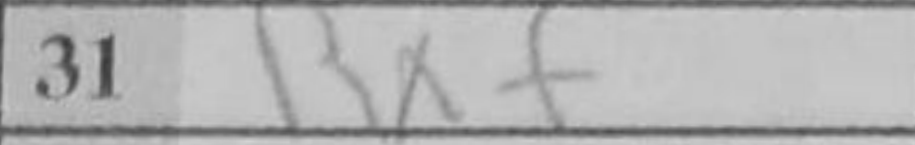
Transcription: Rxf